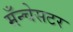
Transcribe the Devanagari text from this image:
मँन्चेसटर